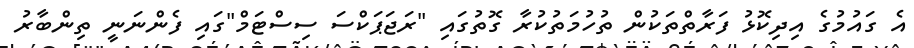
އެ ގައުމުގެ އިދިކޮޅު ފަރާތްތަކުން ތުހުމަތުކުރާ ގޮތުގައި "ރަޖަޕަކްސަ ސިސްޓަމް"ގައި ފެންނަނީ ތިންބާރު